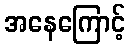
အနေကြောင့်